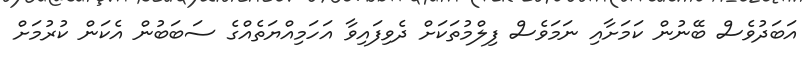
އަބަދުވެސް ބޭނުން ކަމަށާއި ނަމަވެސް ފިލްމުތަކަށް ދެވިފައިވާ އަހަމިއްޔަތެއްގެ ސަބަބުން އެކަން ކުރުމަށް